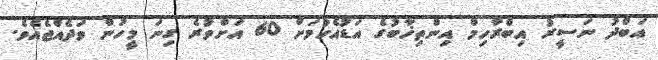
އަބްދު ނަސީރު އިބްރާހިމް އިންތިޚާބުގެ އަޑުއެހުމަށް 60 އަށްވުރެ ގިނަ މީހުން ވަދެއްޖެއެވެ.